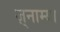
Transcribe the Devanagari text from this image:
ज़्नाम्या